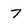
Character: 7